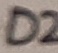
Text: D2